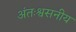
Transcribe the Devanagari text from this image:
अंतःश्वसनीय